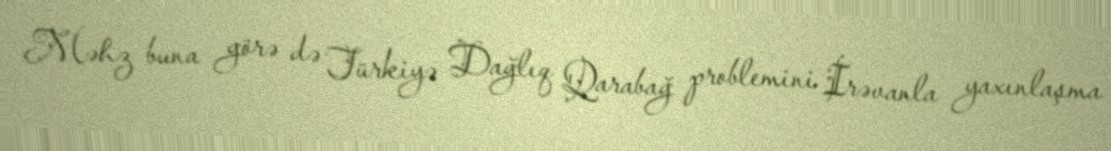
Məhz buna görə də Türkiyə Dağlıq Qarabağ problemini İrəvanla yaxınlaşma